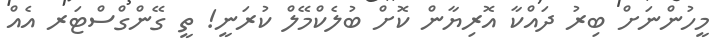
މީހުންނަށް ބިރު ދައްކާ އޮރިޔާން ކޮށް ބުލެކްމޭލް ކުރަނީ! ތީ ގޭންގްސްޓަރ އެއް